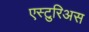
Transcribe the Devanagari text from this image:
एस्टुरिअस